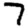
Digit: 7